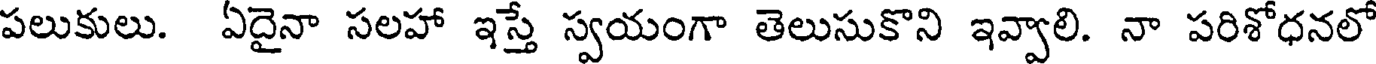
పలుకులు. ఏదైనా సలహా ఇస్తే స్వయంగా తెలుసుకొని ఇవ్వాలి. నా పరిశోధనలో